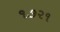
૧૭૨૧